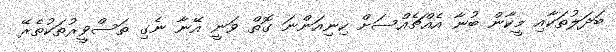
ބަދަލުތަކާއި މީކާން ބުނާ އެއްޗެއްސަށް ހިނިއަންނަ ގޮތް ވަނީ އޭނާ ނެގި ތަސްވީރުތަކުތެރޭ